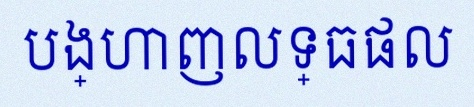
បង្ហាញលទ្ធផល